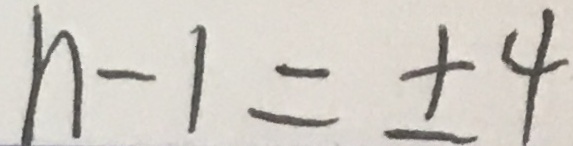
n - 1 = \pm 4